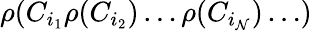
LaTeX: \rho(C_{i_{1}}\rho(C_{i_{2}})\dots\rho(C_{i_{\mathcal{N}}})\dots)